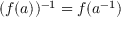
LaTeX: ( f ( a ) ) ^ { - 1 } = f ( a ^ { - 1 } )